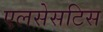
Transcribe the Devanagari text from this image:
एलसेसटिस